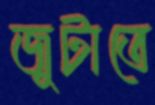
জুটাতে